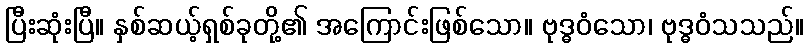
ပြီးဆုံးပြီ။ နှစ်ဆယ့်ရှစ်ခုတို့၏ အကြောင်းဖြစ်သော။ ဗုဒ္ဓဝံသော၊ ဗုဒ္ဓဝံသသည်။